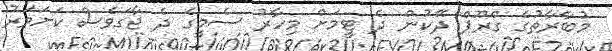
މުބާރާތުގެ ގްރޫޕް ދޭކުން ދެ ޓީމަށް މިހާރު ސެމީގެ ދެ ޖާގަވެސް ކަށަވަރު